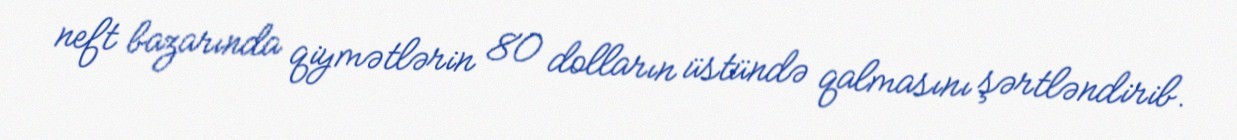
neft bazarında qiymətlərin 80 dolların üstündə qalmasını şərtləndirib.